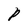
Character: P